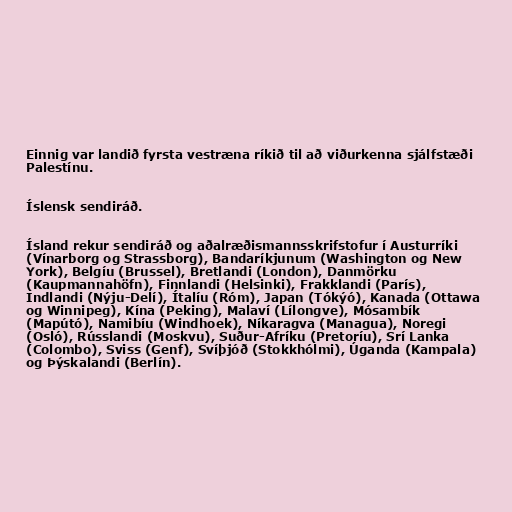
Einnig var landið fyrsta vestræna ríkið til að viðurkenna sjálfstæði
Palestínu.

Íslensk sendiráð.

Ísland rekur sendiráð og aðalræðismannsskrifstofur í Austurríki
(Vínarborg og Strassborg), Bandaríkjunum (Washington og New
York), Belgíu (Brussel), Bretlandi (London), Danmörku
(Kaupmannahöfn), Finnlandi (Helsinki), Frakklandi (París),
Indlandi (Nýju-Delí), Ítalíu (Róm), Japan (Tókýó), Kanada (Ottawa
og Winnipeg), Kína (Peking), Malaví (Lílongve), Mósambík
(Mapútó), Namibíu (Windhoek), Níkaragva (Managua), Noregi
(Osló), Rússlandi (Moskvu), Suður-Afríku (Pretoríu), Srí Lanka
(Colombo), Sviss (Genf), Svíþjóð (Stokkhólmi), Úganda (Kampala)
og Þýskalandi (Berlín).